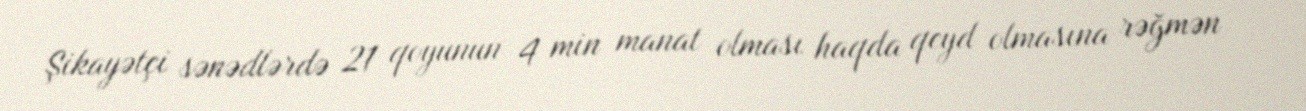
Şikayətçi sənədlərdə 21 qoyunun 4 min manat olması haqda qeyd olmasına rəğmən